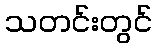
သတင်းတွင်